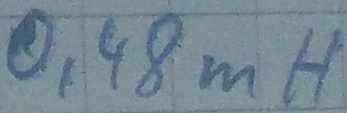
Text: 0,48mH